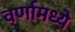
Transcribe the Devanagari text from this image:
वर्णामध्ये